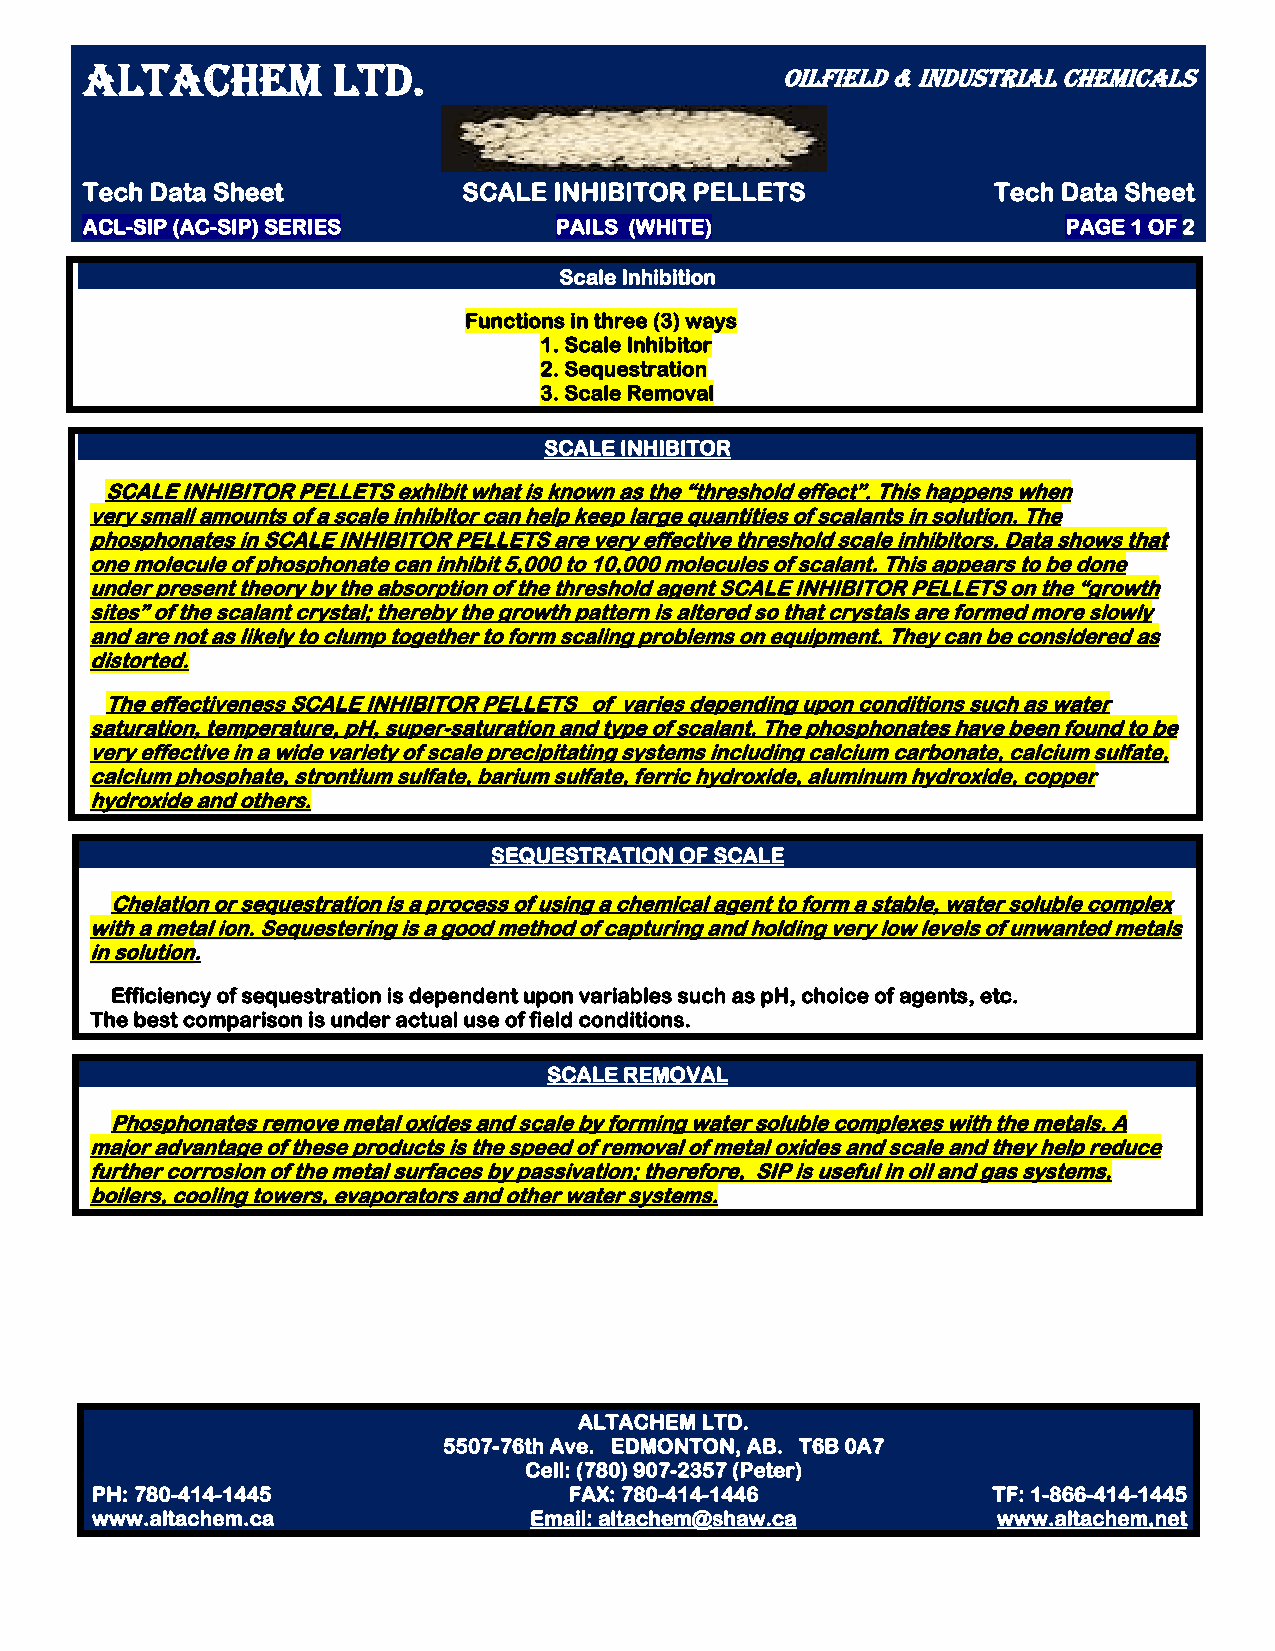
ALTACHEM         LTD.
 OILFIELD & INDUSTRIAL CHEMICALS
 Tech Data Sheet           SCALE INHIBITOR PELLETS            Tech Data Sheet
 ACL-SIP (AC-SIP) SERIES         PAILS (WHITE)                     PAGE 1 OF 2
 Scale Inhibition
 Functions in three (3) ways
 1. Scale Inhibitor
 2. Sequestration
 3. Scale Removal
 SCALE INHIBITOR
 SCALE INHIBITOR PELLETS exhibit what is known as the “threshold effect”. This happens when
 very small amounts of a scale inhibitor can help keep large quantities of scalants in solution. The
 phosphonates in SCALE INHIBITOR PELLETS are very effective threshold scale inhibitors. Data shows that
 one molecule of phosphonate can inhibit 5,000 to 10,000 molecules of scalant. This appears to be done
 under present theory by the absorption of the threshold agent SCALE INHIBITOR PELLETS on the “growth
 sites” of the scalant crystal; thereby the growth pattern is altered so that crystals are formed more slowly
 and are not as likely to clump together to form scaling problems on equipment. They can be considered as
 distorted.
 The effectiveness SCALE INHIBITOR PELLETS of varies depending upon conditions such as water
 saturation, temperature, pH, super-saturation and type of scalant. The phosphonates have been found to be
 very effective in a wide variety of scale precipitating systems including calcium carbonate, calcium sulfate,
 calcium phosphate, strontium sulfate, barium sulfate, ferric hydroxide, aluminum hydroxide, copper
 hydroxide and others.
 SEQUESTRATION OF SCALE
 Chelation or sequestration is a process of using a chemical agent to form a stable, water soluble complex
 with a metal ion. Sequestering is a good method of capturing and holding very low levels of unwanted metals
 in solution.
 Efficiency of sequestration is dependent upon variables such as pH, choice of agents, etc.
 The best comparison is under actual use of field conditions.
 SCALE REMOVAL
 Phosphonates remove metal oxides and scale by forming water soluble complexes with the metals. A
 major advantage of these products is the speed of removal of metal oxides and scale and they help reduce
 further corrosion of the metal surfaces by passivation; therefore, SIP is useful in oil and gas systems,
 boilers, cooling towers, evaporators and other water systems.
 ALTACHEM LTD.
 5507-76th Ave. EDMONTON, AB. T6B 0A7
 Cell: (780) 907-2357 (Peter)
 PH: 780-414-1445                FAX: 780-414-1446           TF: 1-866-414-1445
 www.altachem.ca              Email: altachem@shaw.ca        www.altachem,net